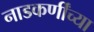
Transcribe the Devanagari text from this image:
नाडकर्णींच्या